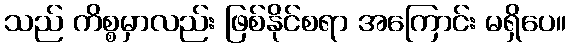
သည် ကိစ္စမှာလည်း ဖြစ်နိုင်စရာ အကြောင်း မရှိပေ။